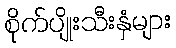
စိုက်ပျိုးသီးနှံများ